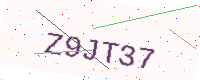
Text: Z9JT37